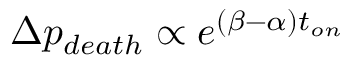
\Delta p _ { d e a t h } \propto e ^ { ( \beta - \alpha ) t _ { o n } }